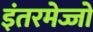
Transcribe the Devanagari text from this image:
इंतरमेज्जो